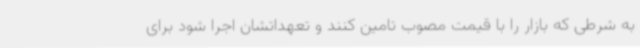
به شرطی که بازار را با قیمت مصوب تامین کنند و تعهداتشان اجرا شود برای